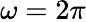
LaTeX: \omega=2\pi